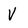
Character: V